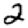
Digit: 2